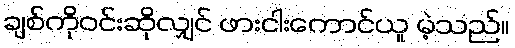
ချစ်ကိုဝင်းဆိုလျှင် ဖားငါးကောင်ယူ မဲ့သည်။